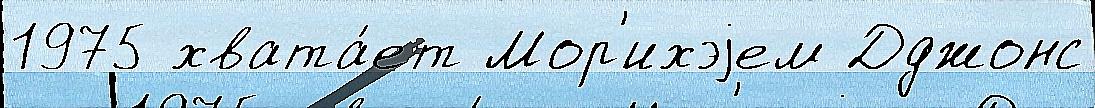
1975 хвата́ет Мор'ихэjем Дджонс